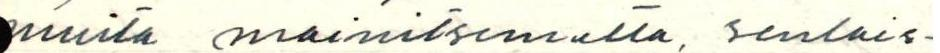
muita mainitsematta, senlais-